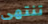
تنتهى